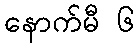
နောက်မီ ၆